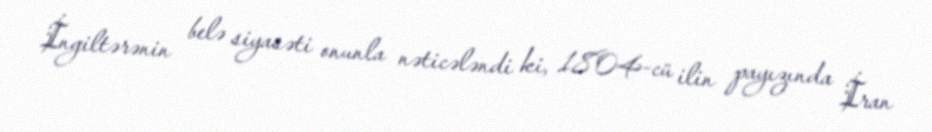
İngiltərənin belə siyasəti onunla nəticələndi ki, 1804-cü ilin payızında İran